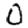
Digit: 0